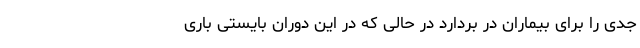
جدی را برای بیماران در بردارد در حالی که در این دوران بایستی باری